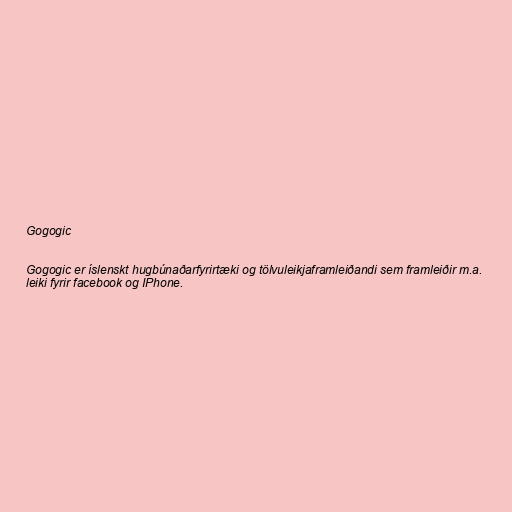
Gogogic

Gogogic er íslenskt hugbúnaðarfyrirtæki og tölvuleikjaframleiðandi sem framleiðir m.a.
leiki fyrir facebook og IPhone.